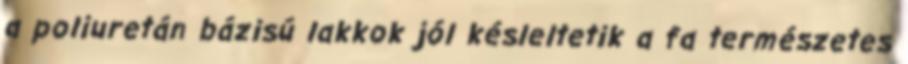
a poliuretán bázisú lakkok jól késleltetik a fa természetes